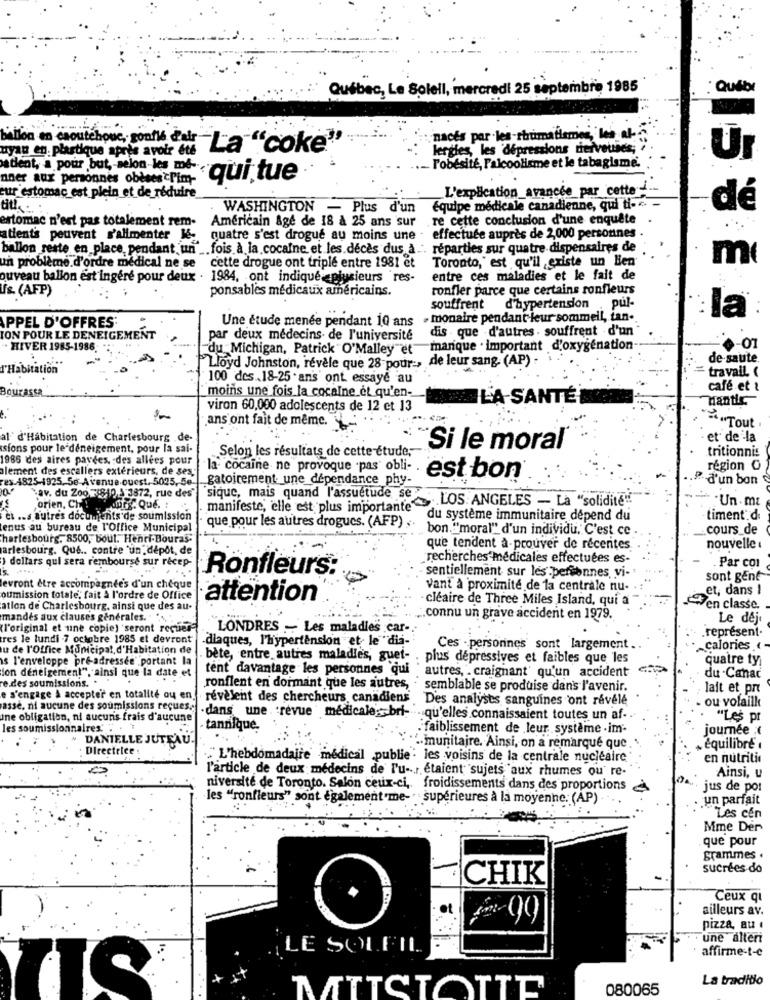
Québec, Le Soleil, mercredi 25 septembre 1985
Quibt
nacés par les-rhumatismes, les al-
uyan en. plastique après avoir et&
"La "coke"
lergies, les dépressions dicivveties;
Ur
atleat, a pour but, selon-les me-
l'obésité, Palcoolisme et le tabagisme.
nner aux personnes obèses Pim-
"qui tue
L'explication_avancée_par cette-
eur estomac est plein et de réduire
WASHINGTON - Plus d'un
equipe medicale canadienne, qui ti-
dé
estomac n'est pas totalement rem-
Americain Age de 18 a 25 ans sur
.re cette conclusion d'une enquête
atients peuvent s'alimenter le- quatre s'est drogue au moins une . effectuée auprès de 2,000 personnes
ballon reste en place pendant un" __ fois à la cocaine et les décès dus à ... réparties sur quatre dispensaires de
Toronto," est qu'il existe un Ben
m(
un problème.d'ordre medical ne se cette drogue ont triple entre 1981 et
ouveau ballon est ingere pour deux . 1984, ont indique plusieurs res-
entre ces maladies et le fait de
's. (AFP)
ponsables médicaux américains.
ronfler parce que certains ronfleurs
souffrent
d'hypertension pul-
Une étude menée pendant 10 ans . monaire pendant leur sommeil, tan-
la®
APPEL D'OFFRES'
dis que d'autres . souffrent d'un
ON POUR LE DENEIGEMENT
par deux médecins de l'université
· HIVER 1985-1986.
"du Michigan, Patrick O'Malley et
manque . important d'oxygenation
de saute
rHabitation
Lloyd Johnston, revele que 28 pour :, de leur sang. (AP) :
travail. (
100 des.18-25 ans ont. essaye au
Bourassa
moins une fois la cocaïne et qu'en-
café et ?
LA SANTÉ
Mantis
viron 60,000 adolescents de 12 et 13
ans ont fait de même.
-"Tout
al' d'Habitation de Charlesbourg .de-
et de la
sions pour le déneigement, pour la sai-
Selon les résultats de cette étude;
Si le moral
tritionnis
1986 des aires pavees, des allees pour
lement des escaliers extérieurs, de ses ,-
la- cocaine ne provoque .pas' obli-
region O
ex 4825-1925. 5e Avenue.ouest, 5025, 5e-
gatoirement. une_dépendance phy-
est bon®
d'un bon
av. du Zoo F(810, 3'3872, rue des"
sique, mais quand l'assuetude se
manifeste, elle est plus importante LOS ANGELES - La "solidit"
"Un . mz
orien, Che!
Auts: Que. :
el .. s. autres documents de soumission
du système immunitaire depend du
timent d
enus au bureau de l'Office Municipal
que pour les autres drogues. (AFP) .
bon. "moral" d'un individu. C'est ce
cours_de
hartesbourg. 8500, boul. Henri-Bouras-
arlesbourg. Que .. contre 'un, dépot, de
que tendent a-prouver de recenites
nouvelle
) dollars qui sera remboursé sur recep-
recherches medicales effectuées es-
Par com
sentiellement sur les personnes, vi-
Ronfleurs:
sont gent
evront être accompagnée's d'un cheque
vant à proximité de la centrale nu-
et, dans !
oumission totale; fait à l'ordre de Office
attention
cléaire de Three Miles Island, qui a
atlon de Charlesbourg, ainsi que des au-
7en classe.
mandes aux clauses generales.
.connu un grave accident en 1979.
Le dejo
(l'original et une copie) seront reques-
LONDRES - Les maladies car-
représent.
tres le lundi 7 octobre 1985 et devront
diaques, l'hypertension et le "dia-
u de l'Office Municipal, d'Habitation de
Ces - personnes sont largement ..
calories .
s l'enveloppe pre-adressee' portant la
. bete, entre autres maladies, guet-
: plus dépressives et faibles que les
quatre ty
ion deneigemen!", ainsi que la date et
tent davantage les personnes qui
autres, craignant' qu'un accident
re des soumissions. .
du Canad
ronflent en dormant que les autres,
semblable se produise dans l'avenir.
lait et pr
e s'engage à accepter en totalité ou en.
révèlent des chercheurs. canadiens
Des analyses sanguines ont revele
ou volaille
asse, ni aucune des soumissions reçues.
one obligation, ni aucuns frais d'aucune
dans une . revue médicales bri- qu'elles connaissaient toutes un af- .
"Les pr
les soumissionnaires.
tannique.
faiblissement de leur système . im-
journée ;€
DANIELLE JUTEAU.
Directrice :
:. munitaire. Ainsi, on a remarque que
équilibre
"L'hebdomadaire' medical publie : les voisins de la centrale nucléaire
en nutriti
l'article de deux médecins de l'u-r étaient" sujets aux rhumes ou' re-
Ainsi, u
niversite de Toronto. Salon ceux-ci, froidissements dans des proportions
jus de por
les "ronfleurs" sont également me-"supérieures à la moyenne. (AP) .
.un parfait
Les cen
Mme Der
que pour
srammes .
sucrées do
CHIK
Ceux qi
ailleurs av.
pizza, au
une alteri
LE SOLEIL
affirme-t-e
La traditio
MITCIOTTE
080065